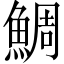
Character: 鯛